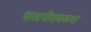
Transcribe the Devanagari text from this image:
पातानीरामकथा